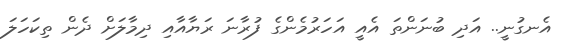
އެނގުނީ.. އަދި ބުނަންތަ އެއީ އަހަރުމެންގެ ފުރާނަ ރަޔާއާއި ދިމާލަށް ދެން ތިކަހަލަ